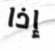
إذا